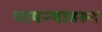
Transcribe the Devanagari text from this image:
पायऱ्यावरुन